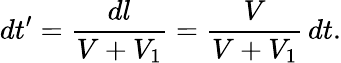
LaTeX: dt^{\prime}=\frac{dl}{V+V_{1}}=\frac{V}{V+V_{1}}\, dt.